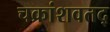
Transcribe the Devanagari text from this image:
चक्रांशवतद्